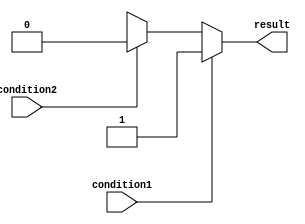
module if_else_statement (
    input wire condition1,
    input wire condition2,
    output reg result
);

always @(*) begin
    if (condition1) begin
        result = 1'b1;
    end
    else if (condition2) begin
        result = 1'b0;
    end
    else begin
        result = 1'bx; // default behavior
    end
end

endmodule